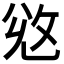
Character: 𢼠